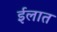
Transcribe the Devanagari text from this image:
ईलात